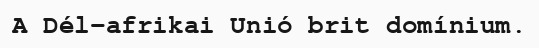
A Dél-afrikai Unió brit domínium.